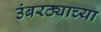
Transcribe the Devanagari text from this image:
उंबरठ्याच्या